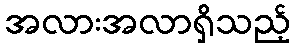
အလားအလာရှိသည့်